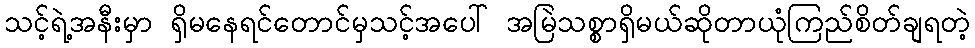
သင့်ရဲ့အနီးမှာ ရှိမနေရင်တောင်မှသင့်အပေါ် အမြဲသစ္စာရှိမယ်ဆိုတာယုံကြည်စိတ်ချရတဲ့